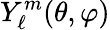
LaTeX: Y_{\ell}^{m}(\theta,\varphi)